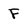
Character: F